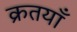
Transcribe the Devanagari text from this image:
क्रतयाँ